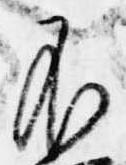
不